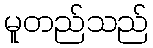
မူတည်သည်